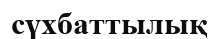
сүхбаттылық